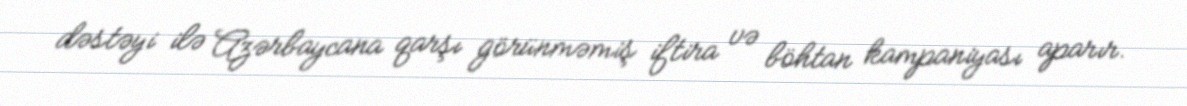
dəstəyi ilə Azərbaycana qarşı görünməmiş iftira və böhtan kampaniyası aparır.